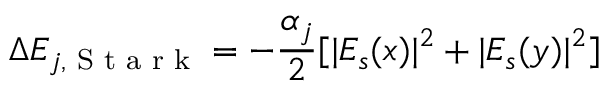
\Delta E _ { j , \textrm { S t a r k } } = - \frac { \alpha _ { j } } { 2 } [ | E _ { s } ( x ) | ^ { 2 } + | E _ { s } ( y ) | ^ { 2 } ]